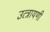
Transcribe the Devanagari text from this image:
उत्त्रायणी